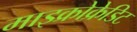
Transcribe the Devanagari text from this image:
माइक्रोक्रेडिट